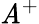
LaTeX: \mathit{A}^{+}